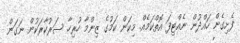
ފެށިގެން ހައްދުން ނެއްޓިފަ އޮތްކަމެއް. މިކަން ކަމުގެ ޒިންމާ ހުރިހާ ސަރުކާރަކުން ނަގަން